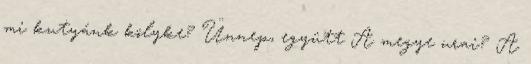
mi kutyánk kölyke? Ünnep, együtt A megye urai? A